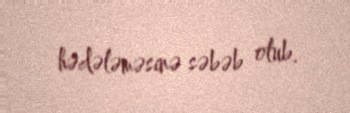
hədələməsinə səbəb olub.